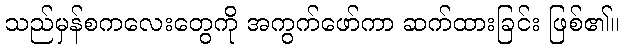
သည်မှန်စကလေးတွေကို အကွက်ဖော်ကာ ဆက်ထားခြင်း ဖြစ်၏။